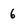
Character: 6